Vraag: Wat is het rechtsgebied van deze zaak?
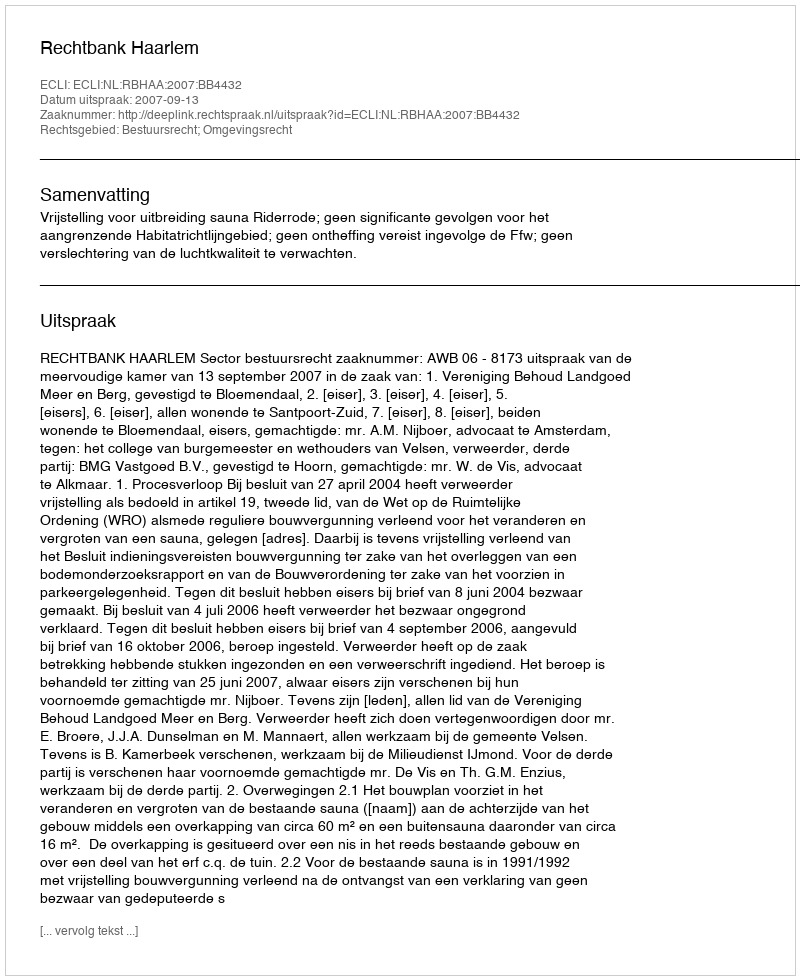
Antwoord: Bestuursrecht; Omgevingsrecht